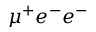
\mu ^ { + } e ^ { - } e ^ { - }